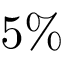
5 \%